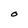
Character: o